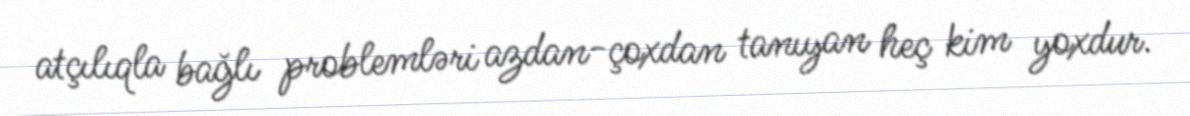
atçılıqla bağlı problemləri azdan-çoxdan tanıyan heç kim yoxdur.